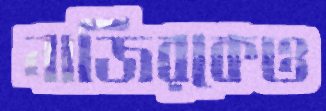
নাজিরকেও